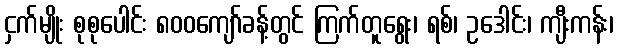
ငှက်မျိုး စုစုပေါင်း ၈၀၀ကျော်ခန့်တွင် ကြက်တူရွေး၊ ရစ်၊ ဥဒေါင်း၊ ကျီးကန်း၊